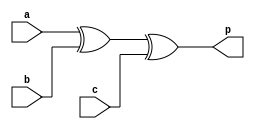
`timescale 1ns / 1ps
module Generator(a,b,c,p);
input a,b,c;
output p;
assign p = a^b^c;
endmodule

module Checker(a,b,c,p,y);
input a,b,c,p;
output y;
Generator UUT(.a(a),.b(b),.c(c),.p(p));
assign y = (a^b)^(c^p);
endmodule

module Parity_Chip_tb_FPGA(input [15:0]sw, output [15:0]led);
Checker UUT(.a(sw[0]),.b(sw[1]),.c(sw[2]),.y(led[0]));
endmodule

//module Parity_Chip_tb();
//reg a,b,c;
//wire y;
//integer i;
//initial begin
//a = 0;b = 0; c = 0;#10;
//for(i = 0; i < 8; i = i+1)begin
//{a,b,c} = {a,b,c}+1; #10;
//end
//end
//Checker UUT(.a(a),.b(b),.c(c),.p(p),.y(y));
//endmodule